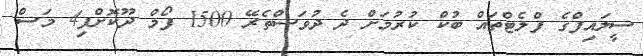
ސީލައިފްގެ ފްލެޓްތައް ބުކް ކުރުމަށް ދެ ދުވަސްތެރޭ 1500 ފޯމް ދޫކޮށްފި4 މަސް